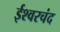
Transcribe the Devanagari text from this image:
ईश्वरचंद